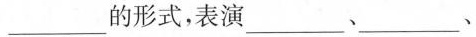
___的形式，表演___、___、